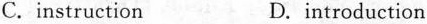
C.instruction D.introduction